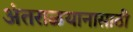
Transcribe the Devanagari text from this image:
अंतराळयानासाठी